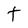
Character: t